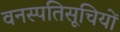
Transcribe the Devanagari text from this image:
वनस्पतिसूचियों